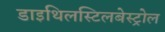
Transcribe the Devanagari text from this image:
डाइथिलस्टिलबेस्ट्रोल